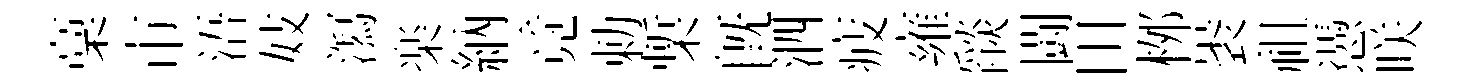
稾市浯妓㵼楽納竟勅槧既泗疲雍𦦨闘田桞褁祖慿咲